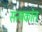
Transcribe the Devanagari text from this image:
सत्यकांत